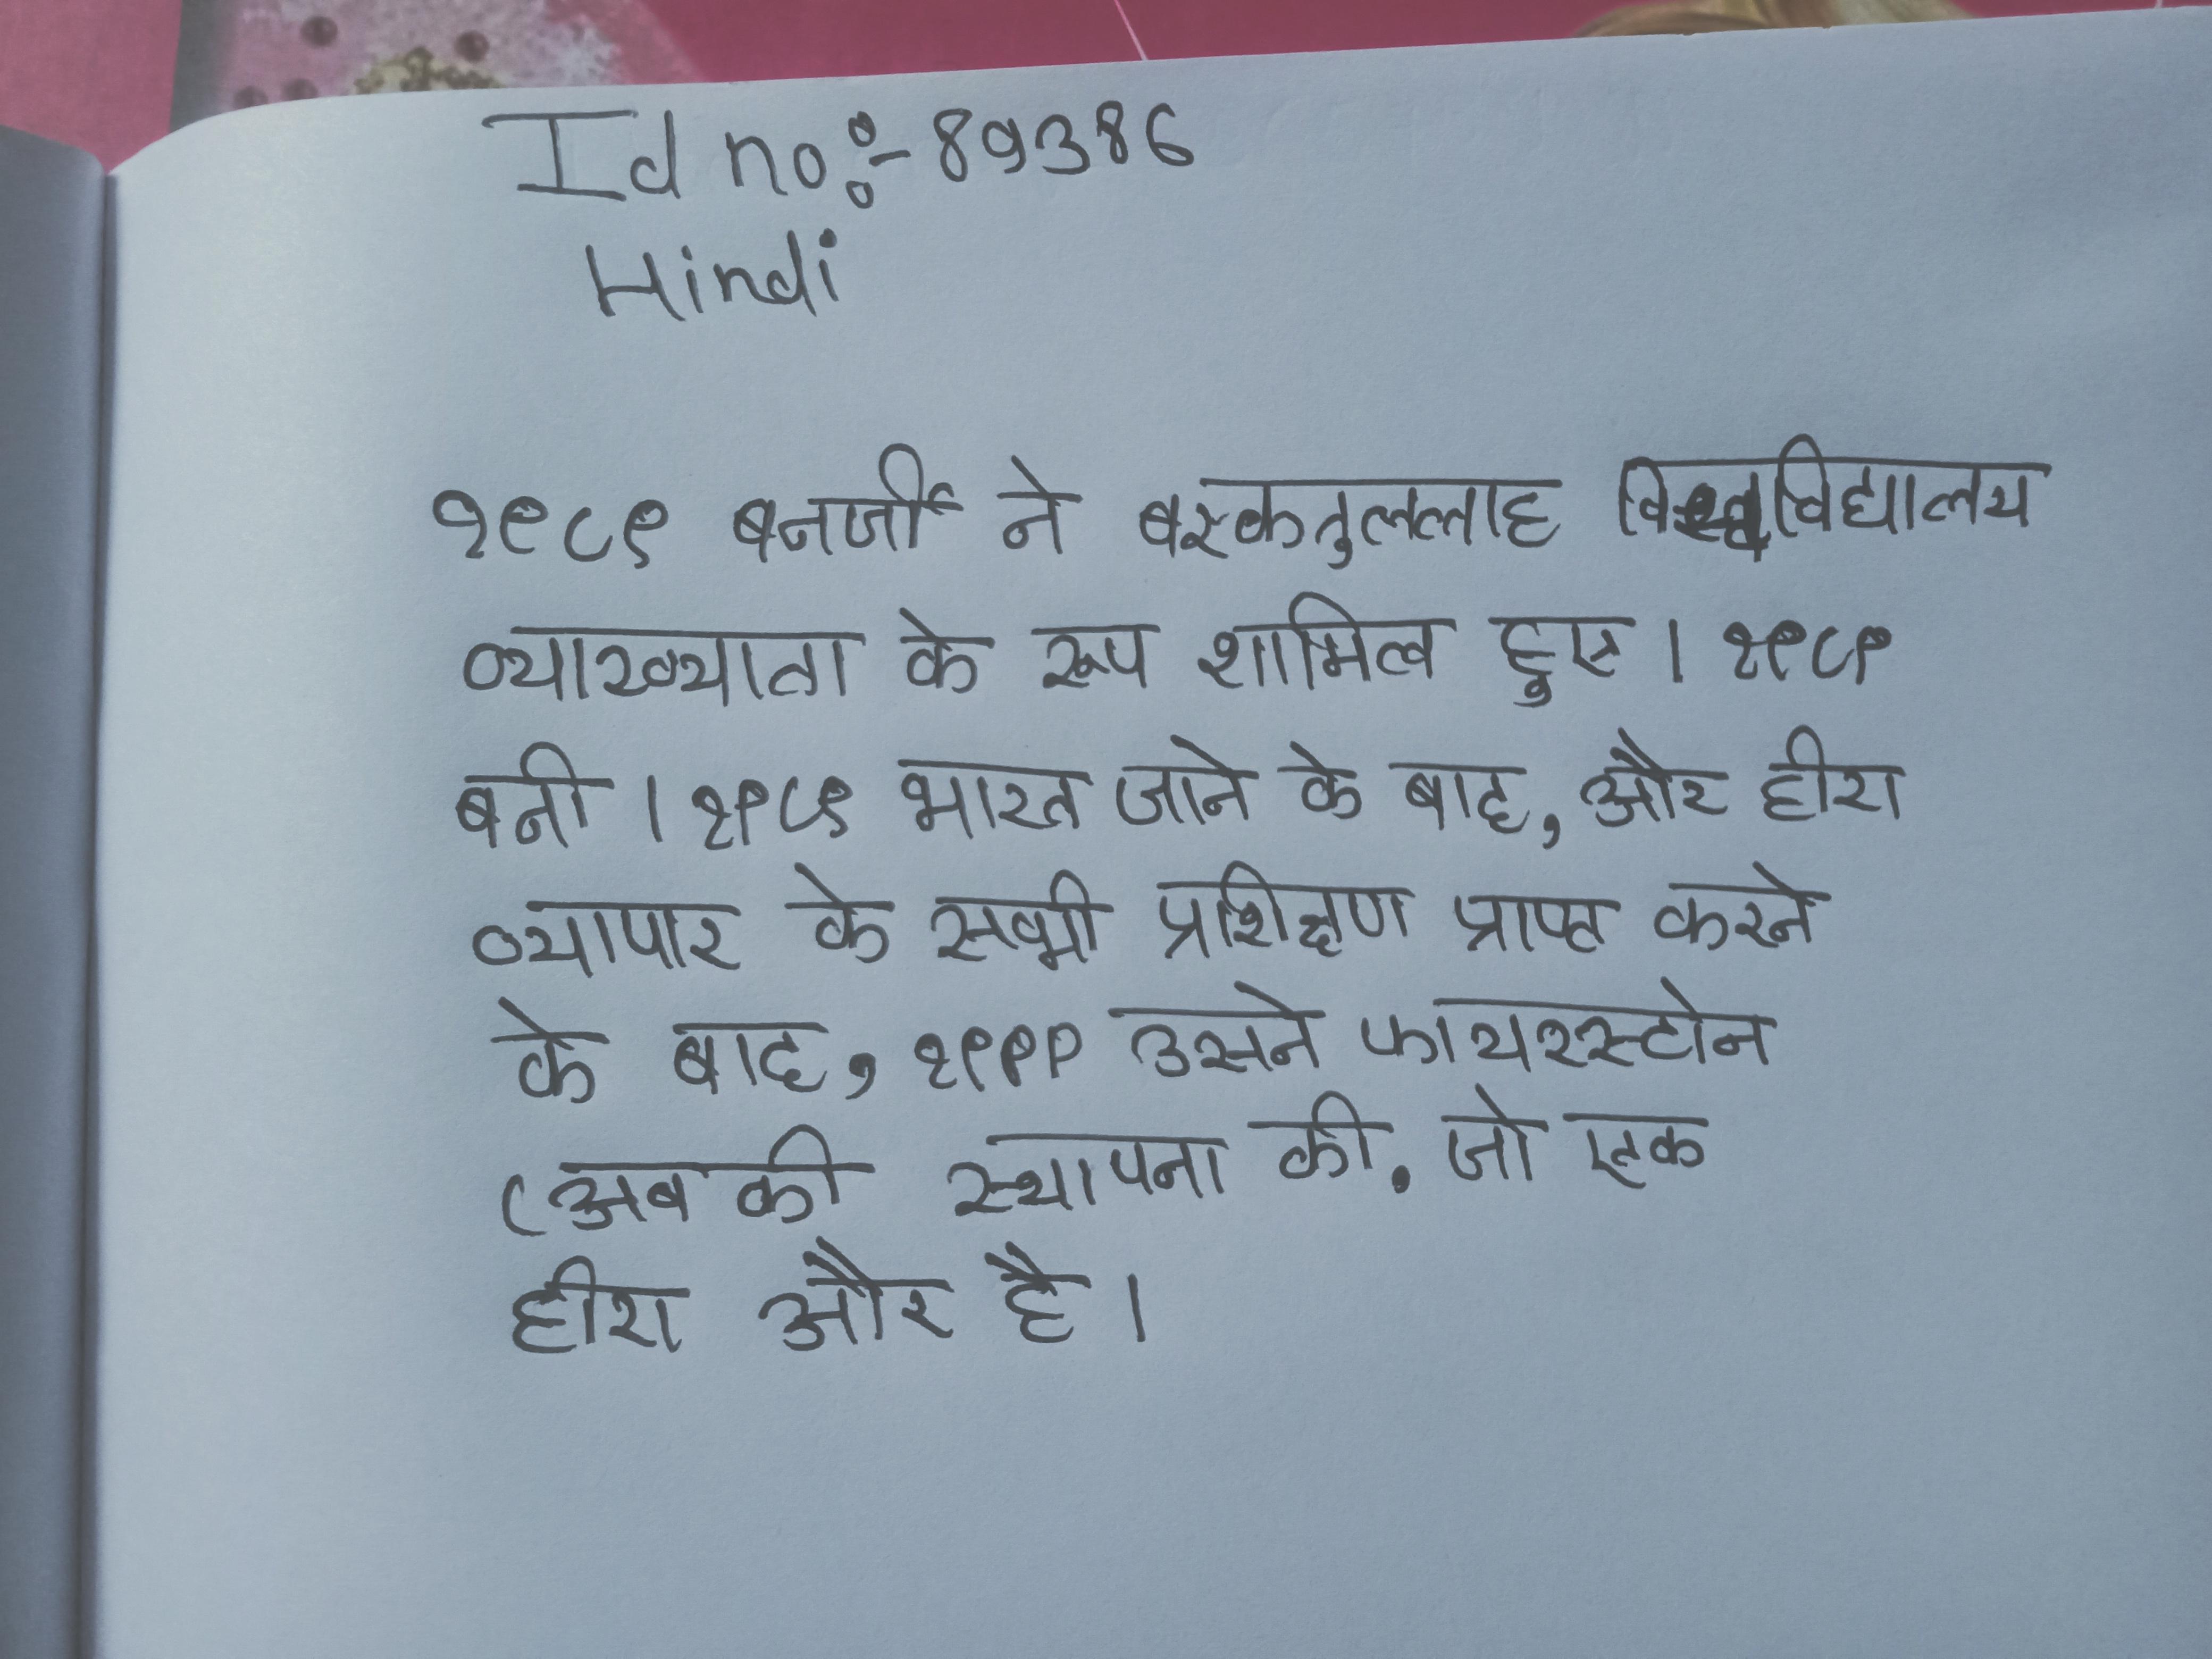
१९८९ बनर्जी ने बरकतुल्लाह विश्वविद्यालय व्याख्याता के रूप शामिल हुए । १९८९ बनी । १९८९ बनी हिन्दी । १९८९ भारत जाने के बाद, और हीरा व्यापार के सभी प्रशिक्षण प्राप्त करने के बाद, १९९९ उसने फायरस्टोन (अब की स्थापना की, जो एक हीरा और है ।